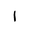
Letter: _alif